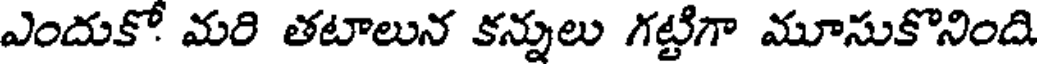
ఎందుకో మరి తటాలున కన్నులు గట్టిగా మూసుకొనింది